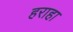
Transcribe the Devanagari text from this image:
हराहा